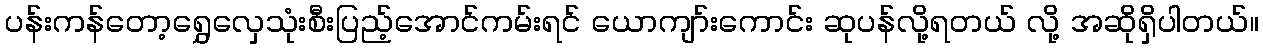
ပန်းကန်တော့ရွှေလှေသုံးစီးပြည့်အောင်ကမ်းရင် ယောကျာ်းကောင်း ဆုပန်လို့ရတယ် လို့ အဆိုရှိပါတယ်။